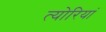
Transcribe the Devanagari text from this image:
त्योरियां